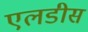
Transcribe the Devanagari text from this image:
एलडीस